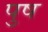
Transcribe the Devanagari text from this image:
पुष